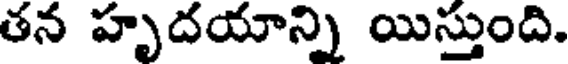
తన హృదయాన్ని యిస్తుంది.